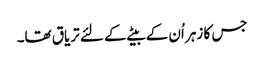
جس کا زہر اُن کے بیٹے کے لئے تریاق تھا۔